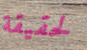
لحقيقة